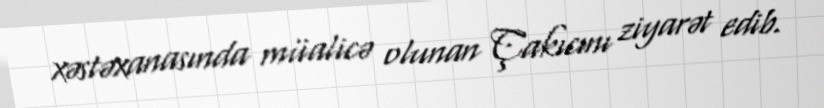
xəstəxanasında müalicə olunan Çakıcını ziyarət edib.